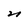
Character: n